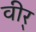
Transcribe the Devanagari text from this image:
वीर्